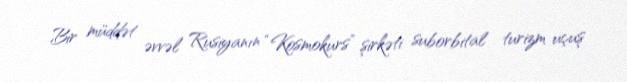
Bir müddət əvvəl Rusiyanın “Kosmokurs” şirkəti suborbital turizm uçuş